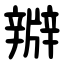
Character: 㸤